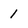
Character: 1